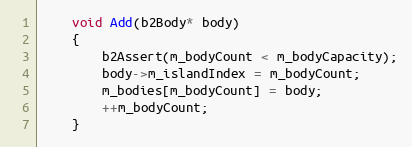
Language: C
	void Add(b2Body* body)
	{
		b2Assert(m_bodyCount < m_bodyCapacity);
		body->m_islandIndex = m_bodyCount;
		m_bodies[m_bodyCount] = body;
		++m_bodyCount;
	}